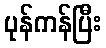
ပုန်ကန်ပြီး